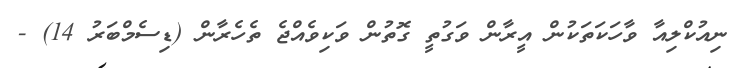
ނިއުކްލިއާ ވާހަކަތަކުން އީރާން ވަގުތީ ގޮތުން ވަކިވެއްޖެ ތެހެރާން (ޑިސެމްބަރު 14) -